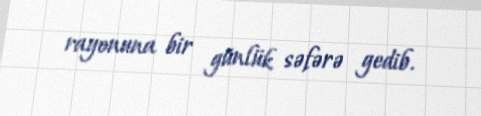
rayonuna bir günlük səfərə gedib.